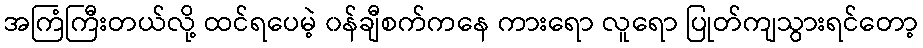
အကြံကြီးတယ်လို့ ထင်ရပေမဲ့ ၀န်ချီစက်ကနေ ကားရော လူရော ပြုတ်ကျသွားရင်တော့